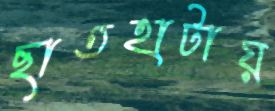
ছাতহাটায়